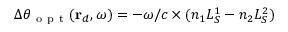
\Delta \theta _ { \mathrm { ~ o ~ p ~ t ~ } } ( \mathbf { r } _ { d } , \omega ) = - \omega / c \times ( n _ { 1 } L _ { S } ^ { 1 } - n _ { 2 } L _ { S } ^ { 2 } )